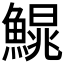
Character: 𩺣